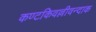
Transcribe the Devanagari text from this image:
कण्टकिवल्लीवन्दाक